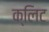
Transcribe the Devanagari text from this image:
क्लिट